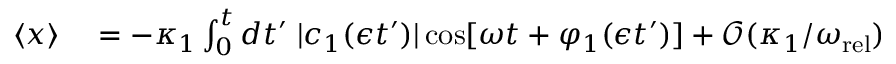
\begin{array} { r l } { \langle x \rangle } & { { } = - \kappa _ { 1 } \int _ { 0 } ^ { t } d t ^ { \prime } \; | c _ { 1 } ( \epsilon t ^ { \prime } ) | \cos [ \omega t + \varphi _ { 1 } ( \epsilon t ^ { \prime } ) ] + \mathcal { O } ( \kappa _ { 1 } / \omega _ { \mathrm { r e l } } ) } \end{array}